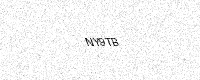
Text: NY9TB